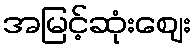
အမြင့်ဆုံးဈေး